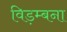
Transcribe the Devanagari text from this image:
विड़म्बना